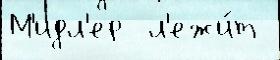
М'идл'ер  л'ежи́т